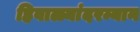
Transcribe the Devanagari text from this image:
हिवाळ्यांदरम्यान